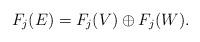
LaTeX: \begin{align*} F_j(E)=F_j(V)\oplus F_j(W).\end{align*}